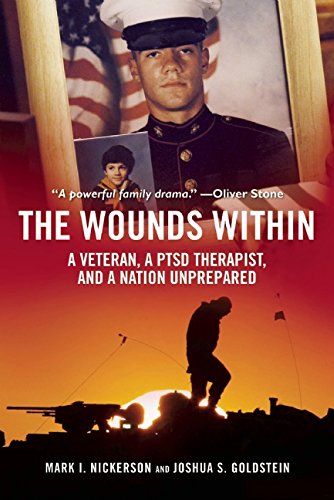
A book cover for The Wounds Within: A Veteran, a PTSD Therapist, and a Nation Unprepared; Mark I. Nickerson; Parenting & Relationships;